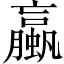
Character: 蠃